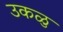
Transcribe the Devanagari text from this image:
उकळु